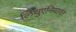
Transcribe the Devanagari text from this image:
लिथुएनियावर